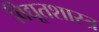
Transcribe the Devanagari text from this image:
विद्यूतशास्त्र